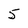
Character: 5